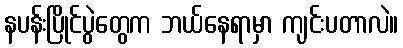
နပန်းပြိုင်ပွဲတွေက ဘယ်နေရာမှာ ကျင်းပတာလဲ။